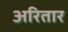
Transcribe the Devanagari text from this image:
अरितार